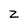
Character: Z